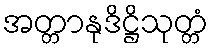
အတ္တာနုဒိဋ္ဌိသုတ္တံ